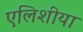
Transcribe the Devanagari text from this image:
एलिशीया